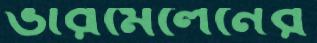
ভারমেলেনের